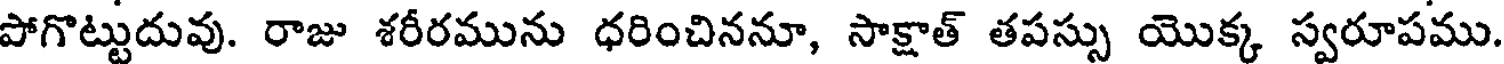
పోగొట్టుదువు. రాజు శరీరమును ధరించిననూ, సాక్షాత్ తపస్సు యొక్క స్వరూపము.